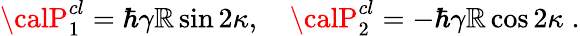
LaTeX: {\calP}_{1}^{cl}=\hbar\gamma\mathbb{R}\sin2\kappa,\quad{\calP}_{2}^{cl}=-\hbar\gamma\mathbb{R}\cos2\kappa\; .